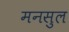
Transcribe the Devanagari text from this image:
मनसुल